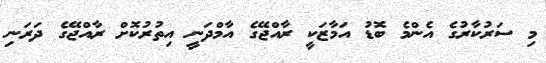
މި ސަރުކާރުގެ އެންމެ ބޮޑު އަމާޒަކީ ރާއްޖޭގެ އާމްދަނީ އިތުރުކޮށް ރާއްޖޭގެ ދަރަނި